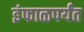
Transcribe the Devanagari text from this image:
इंफाळपर्यंत